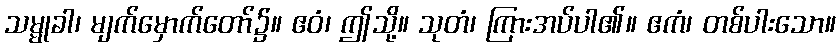
သမ္မုခါ၊ မျက်မှောက်တော်၌။ ဧဝံ၊ ဤသို့။ သုတံ၊ ကြားအပ်ပါ၏။ ဧကံ၊ တစ်ပါးသော။